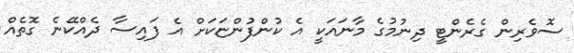
ސޮވެރިން ގެރެންޓީ ދިނުމުގެ މާނައަކީ އެ ކުންފުންޏަކަށް އެ ފައިސާ ދެއްކޭނެ ގޮތެއް